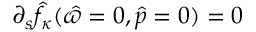
\partial _ { s } \hat { f } _ { \kappa } ( \hat { \varpi } = 0 , \hat { p } = 0 ) = 0